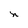
Character: n